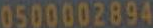
0500002894